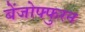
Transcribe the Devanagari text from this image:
बेंजोफ्फुरन